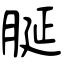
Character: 脠